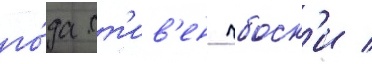
го́да ст'ив'ен чбоск'и /